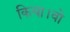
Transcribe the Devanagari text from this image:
किया।वो